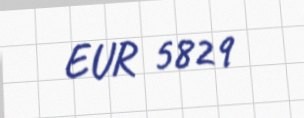
EUR 5829